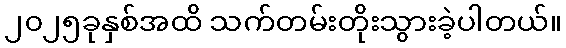
၂၀၂၅ခုနှစ်အထိ သက်တမ်းတိုးသွားခဲ့ပါတယ်။